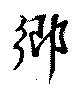
郷